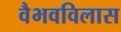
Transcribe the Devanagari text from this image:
वैभवविलास